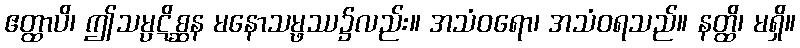
ဧတ္ထာပိ၊ ဤသမ္ပဋိစ္ဆန မနောသမ္ဖဿ၌လည်း။ အသံဝရော၊ အသံဝရသည်။ နတ္ထိ၊ မရှိ။